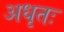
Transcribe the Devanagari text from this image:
अधृतः